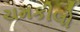
ચમકીલો